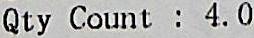
QTY COUNT : 4.0